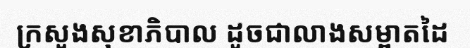
ក្រសួងសុខាភិបាល ដូចជាលាងសម្អាតដៃ